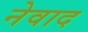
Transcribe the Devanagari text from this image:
नेवाद